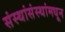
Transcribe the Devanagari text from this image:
संस्थांसंस्थांमधून